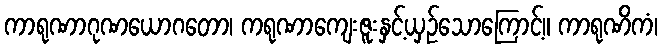
ကာရုဏာဂုဏယောဂတော၊ ကရုဏာကျေးဇူးနှင့်ယှဉ်သောကြောင့်။ ကာရုဏိကံ၊